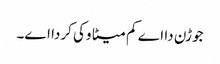
جوڑن دا اے کم میٹا وکی کردا اے۔